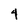
Character: 4